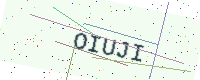
Text: OIUJI